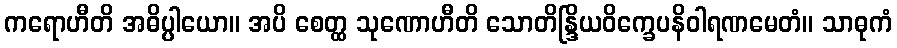
ကရောဟီတိ အဓိပ္ပါယော။ အပိ စေတ္ထ သုဏောဟီတိ သောတိန္ဒြိယဝိက္ခေပနိဝါရဏမေတံ။ သာဓုကံ